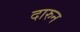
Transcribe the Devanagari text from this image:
दारुन